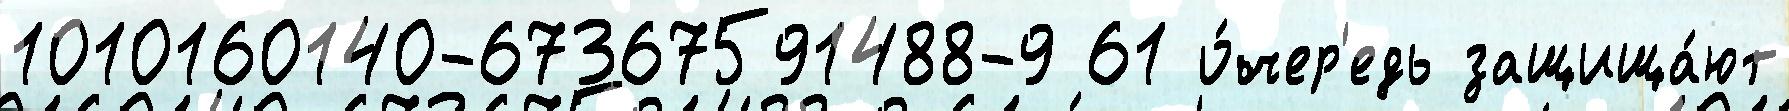
1010160140-67367591488-9 61 о́чер'едь защища́ют